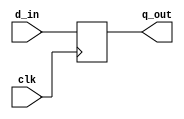
module bit32_register #(
    parameter reg_width = 32
) (
    input clk,
    input [reg_width-1:0] d_in,
    output reg [reg_width-1:0] q_out
);

always @(negedge clk)
begin
    q_out <= d_in;
end
    
endmodule